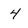
Character: 4